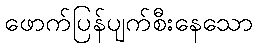
ဖောက်ပြန်ပျက်စီးနေသော